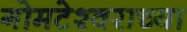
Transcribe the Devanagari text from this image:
गोमटेश्‍वराच्या